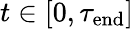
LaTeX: t\in[0,\tau_{\mathrm{end}}]